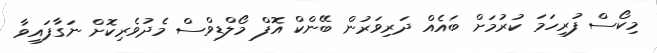
މިކޯސް ފުރިހަމަ ކުރުމަށް ބައެއް ދަރިވަރުން ބޭންކް އޮފް މޯލްޑިވްސް މެދުވެރިކޮށް ނަގާފައިވާ